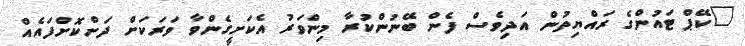
"ކޭޕް ޓައުންގެ ރައްޔިތުން އަދިވެސް ފެން ބޭނުންކުރާ މިންވަރު އެކަށީގެންވާ ވަރަކަށް ދަށްކޮށްފައެއް